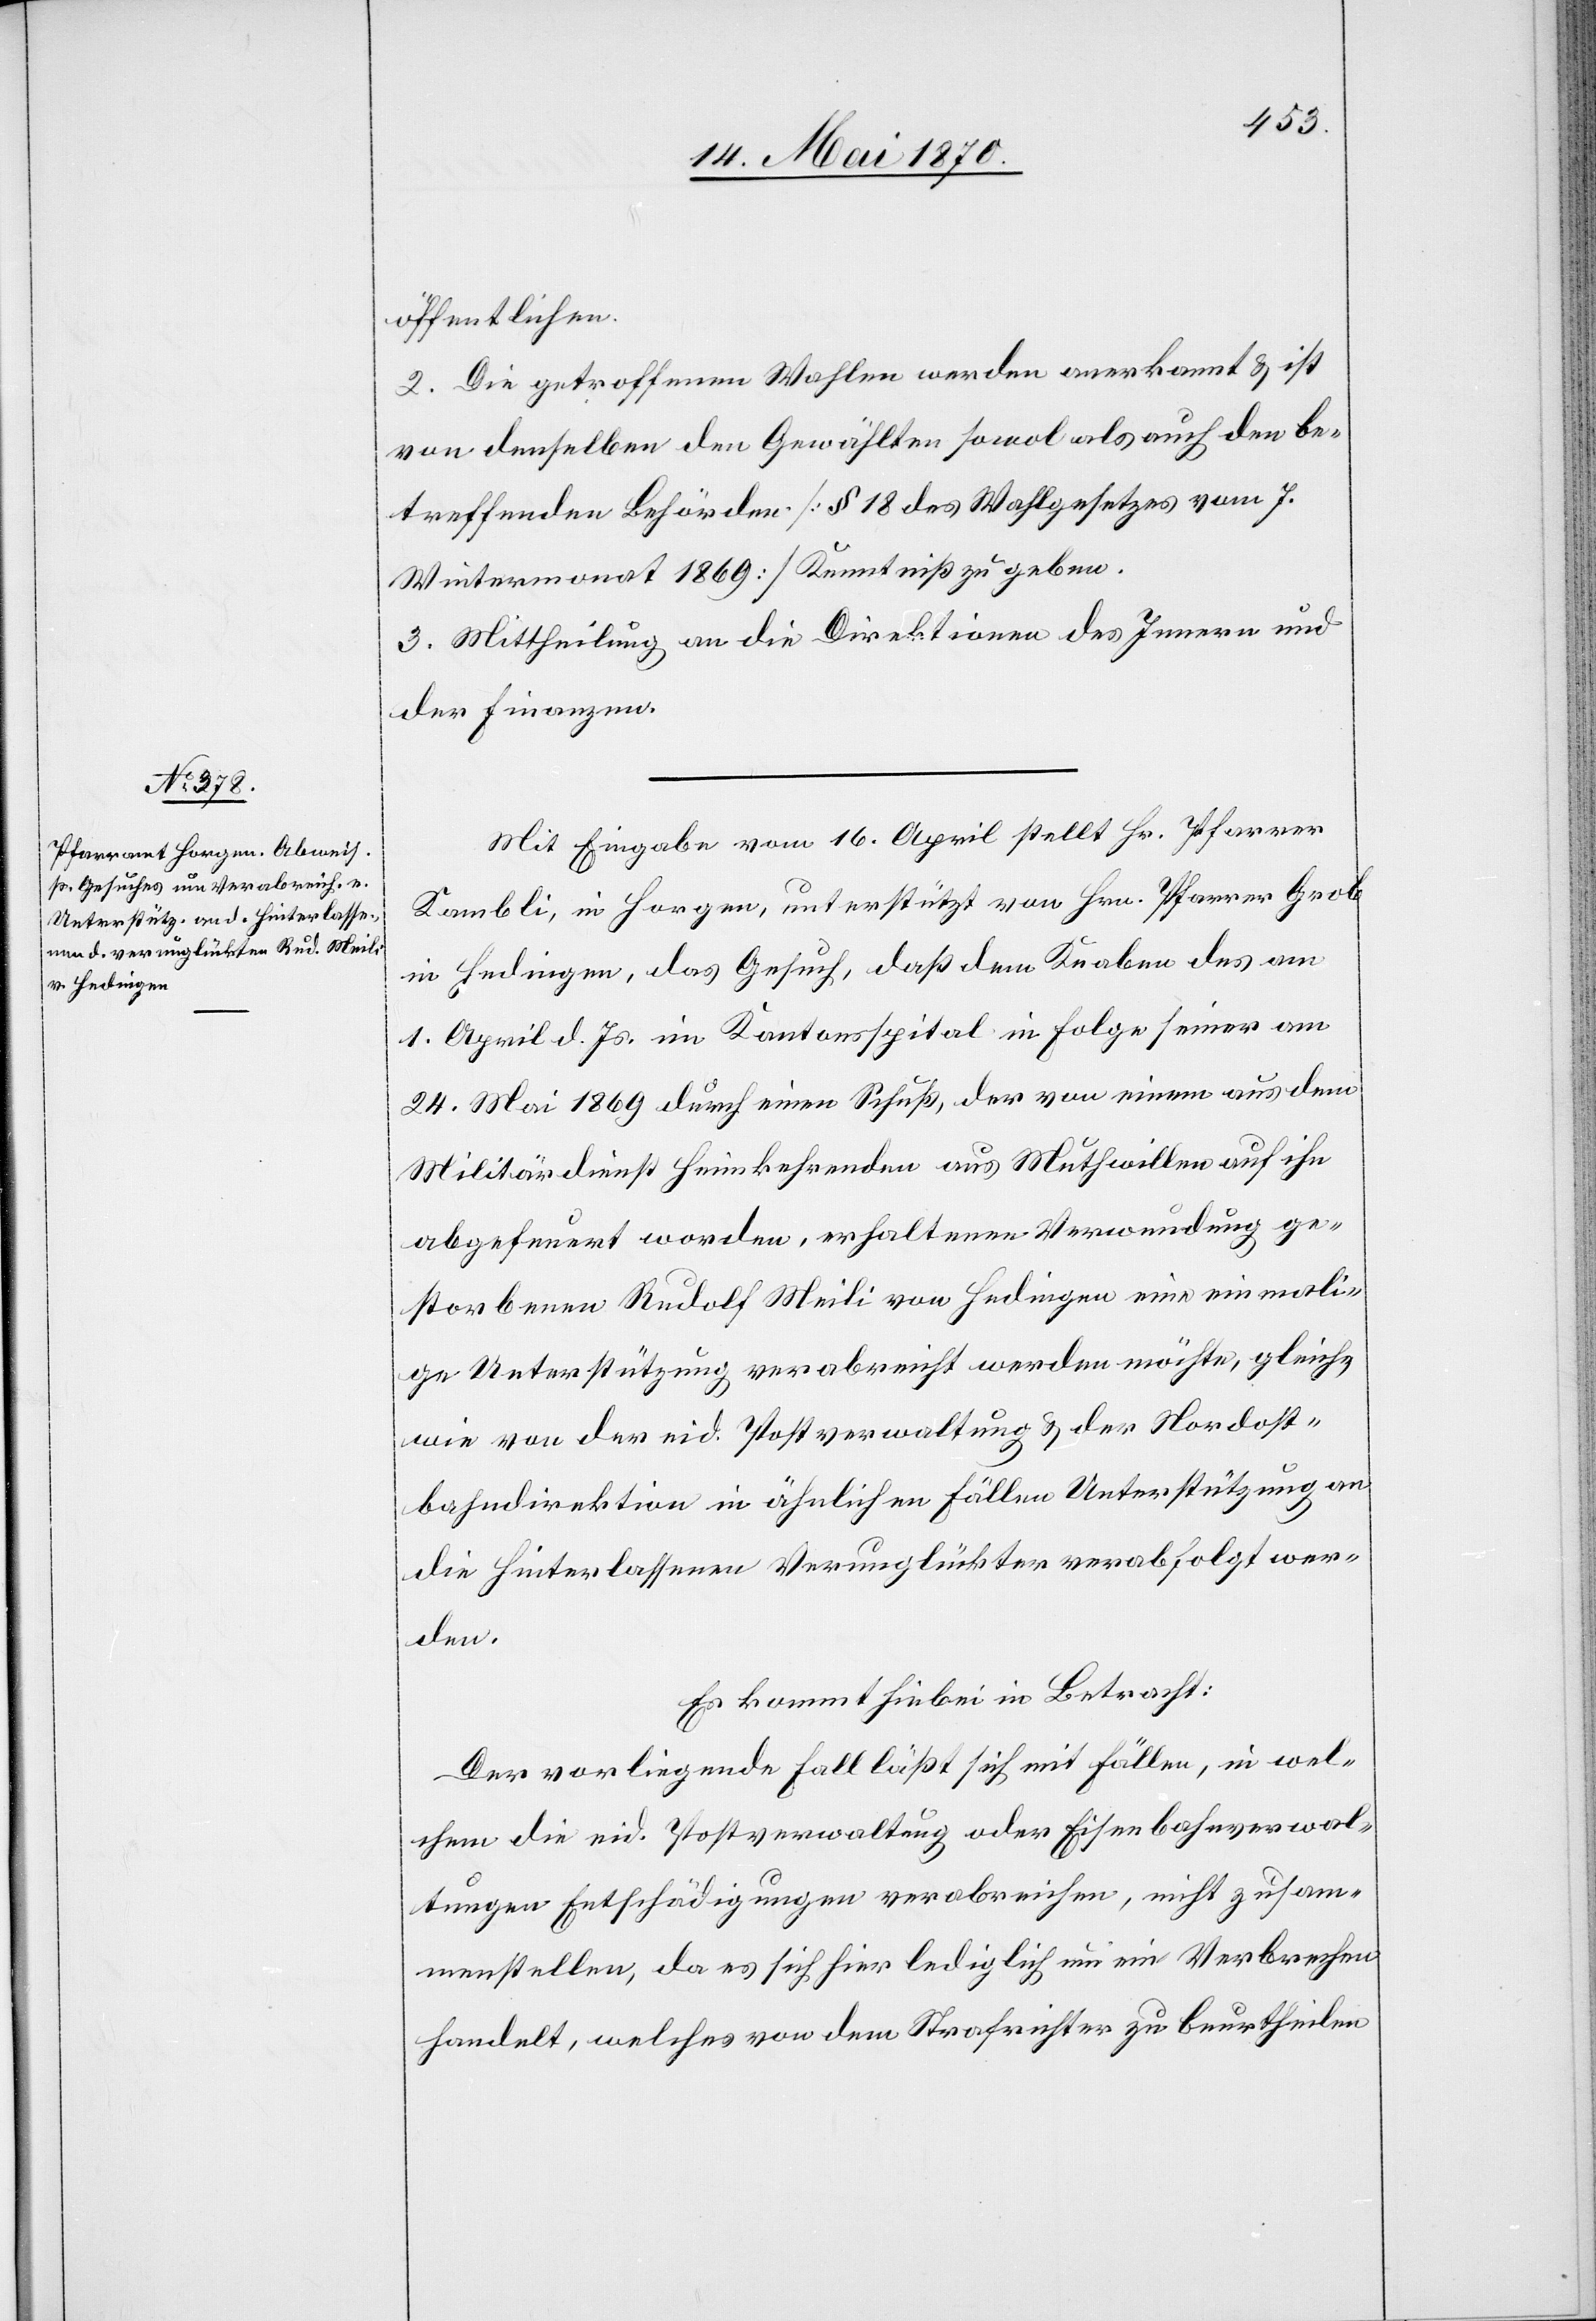
öffentlichen.
2. Die getroffenen Wahlen werden anerkannt & ist
von denselben den Gewählten sowol[,] als auch den be¬
treffenden Behörden [§ 18 des Wahlgesetzes vom 7.
Wintermonat 1869] Kenntniß zu geben.
3. Mittheilung an die Direktionen des Innern und
der Finanzen.
Mit Eingabe vom 16. April stellt Hr. Pfarrer
Kambli, in Horgen, unterstützt von Hrn. Pfarrer Grob
in Hedingen, das Gesuch, daß dem Knaben des am
1. April d. Js. im Kantonsspital in Folge seiner am
24. Mai 1869 durch einen Schuß, der von einem aus dem
Militärdienst Heimkehrenden aus Muthwillen auf ihn
abgefeuert worden, erhaltenen Verwundung ge¬
storbenen Rudolf Meili von Hedingen eine einmali¬
ge Unterstützung verabreicht werden möchte, gleich¬
wie von der eid. Postverwaltung & der Nordost¬
bahndirektion in ähnlichen Fällen Unterstützung an
die Hinterlassenen Verunglückter verabfolgt wer¬
den.
Es kommt hiebei in Betracht:
Der vorliegende Fall läßt sich mit Fällen, in wel¬
chen die eid. Postverwaltung oder Eisenbahnverwal¬
tungen Entschädigungen verabreichen, nicht zusam¬
menstellen, da es sich hier lediglich um ein Verbrechen
handelt, welches von dem Strafrichter zu beurtheilen